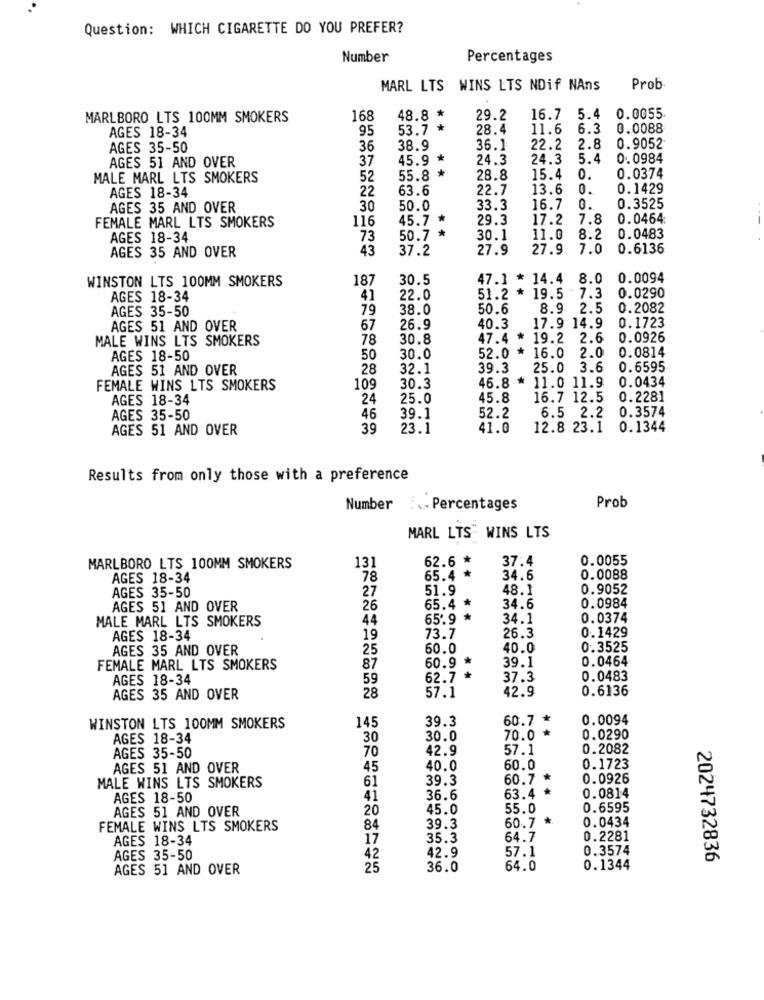
Question: WHICH CIGARETTE DO YOU PREFER?
Number
Percentages
MARL LTS WINS LTS NDif NAns
Prob
MARLBORO LTS 100MM SMOKERS
168
48.8
29.2
16.7 5.4
0.0055
95
53.7
* *
28.4
11.6
6.3
0.0088
AGES 18-34
AGES 35-50
36
38.9
36.1
22.2
2.8
0.9052
AGES 51 AND OVER
37
45.9 *
24.3
24.3
5.4
0.0984
*
MALE MARL LTS SMOKERS
52
55.8
28.8
15.4
0.
0.0374
AGES 18-34
63.6
22.7
13.6
0.
0.1429
22
0.3525
AGES 35 AND OVER
30
50.0
33.3
16.7
0.
116
45.7
29.3
17.2
7.8
0.0464:
FEMALE MARL LTS SMOKERS
AGES 18-34
73
50.7
*
30.1
11.0
8.2
0.0483
AGES 35 AND OVER
43
37.2
27.9
27.9
7.0
0.6136
WINSTON LTS 100MM SMOKERS
187
30.5
47.1 * 14.4
8.0 0.0094
19.5 7.3
0.0290
AGES 18-34
41
22.0
51.2 *
AGES 35-50
79
38.0
50.6
8.9 2.5
0.2082
17.9 14.9
AGES 51 AND OVER
67
26.9
40.3
0.1723
MALE WINS LTS SMOKERS
78
30.8
47.4 *
19.2 2.6
0.0926
52.0 *
16.0
2.0
0.0814
AGES 18-50
50
30.0
AGES 51 AND OVER
28
32.1
39.3
25.0 3.6
0.6595
46.8 *
0.0434
FEMALE WINS LTS SMOKERS
109
30.3
11.0 11.9
AGES 18-34
24
25.0
45.8
16.7 12.5
0.2281
0.3574
AGES 35-50
46
39.1
52.2
6.5 2.2
AGES 51 AND OVER
39
23.1
41.0
12.8 23.1 0.1344
Results from only those with a preference
Number
:. Percentages
Prob
MARL LTS WINS LTS
131
62.6 *
37.4
0.0055
MARLBORO LTS 100MM SMOKERS
AGES 18-34
78
65.4 *
34.6
0.0088
AGES 35-50
27
51.9
48.1
0.9052
AGES 51 AND OVER
26
65.4 *
34.6
0.0984
MALE MARL LTS SMOKERS
44
65.9 *
34.1
0.0374
AGES 18-34
19
73.7
26.3
0.1429
AGES 35 AND OVER
25
60.0
40.0
0.3525
39.1
0.0464
FEMALE MARL LTS SMOKERS
87
60.9 *
AGES 18-34
59
62.7
37.3
0.0483
42.9
0.6136
AGES 35 AND OVER
28
57.1
39.3
60.7 *
0.0094
WINSTON LTS 100MM SMOKERS
145
AGES 18-34
30
30.0
70.0 *
0.0290
42.9
57.1
0.2082
AGES 35-50
70
AGES 51 AND OVER
45
40.0
60.0
0.1723
39.3
60.7 *
0.0926
MALE WINS LTS SMOKERS
61
63.4 *
AGES 18-50
41
36.6
0.0814
AGES 51 AND OVER
20
45.0
55.0
0.6595
60.7
0.0434
FEMALE WINS LTS SMOKERS
84
39.3
AGES 18-34
17
35.3
64.7
0.2281
57.1
0.3574
AGES 35-50
42
42.9
2024732836
AGES 51 AND OVER
25
36.0
64.0
0.1344